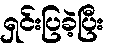
ရှင်းပြခဲ့ပြီး